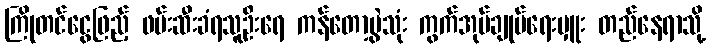
ကြိုတင်ငွေဖြည့် ဖမ်းဆီးခံရသူဦးရေ ကန်တော့ပွဲသုံး ကွက်အုပ်ချုပ်ရေးမှူး တည်နေရာသို့